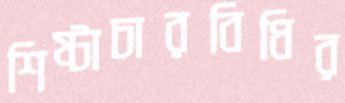
শিষ্টাচারবিধির